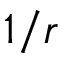
1 / r